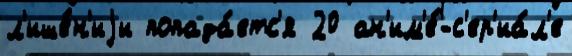
л'ише́н'иjи попада́етс'я 20 ан'им'е́-с'ер'иа́л'е